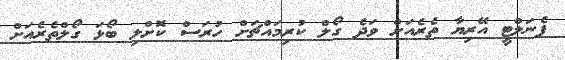
ޕެނަލްޓީ އޭރިޔާ ތެރެއަށް ވަދެ ގޯލް ކުރިމައްޗަށް ހުރަސް ކޮށްލި ބޯޅަ ގޯލްތެރެއަށް